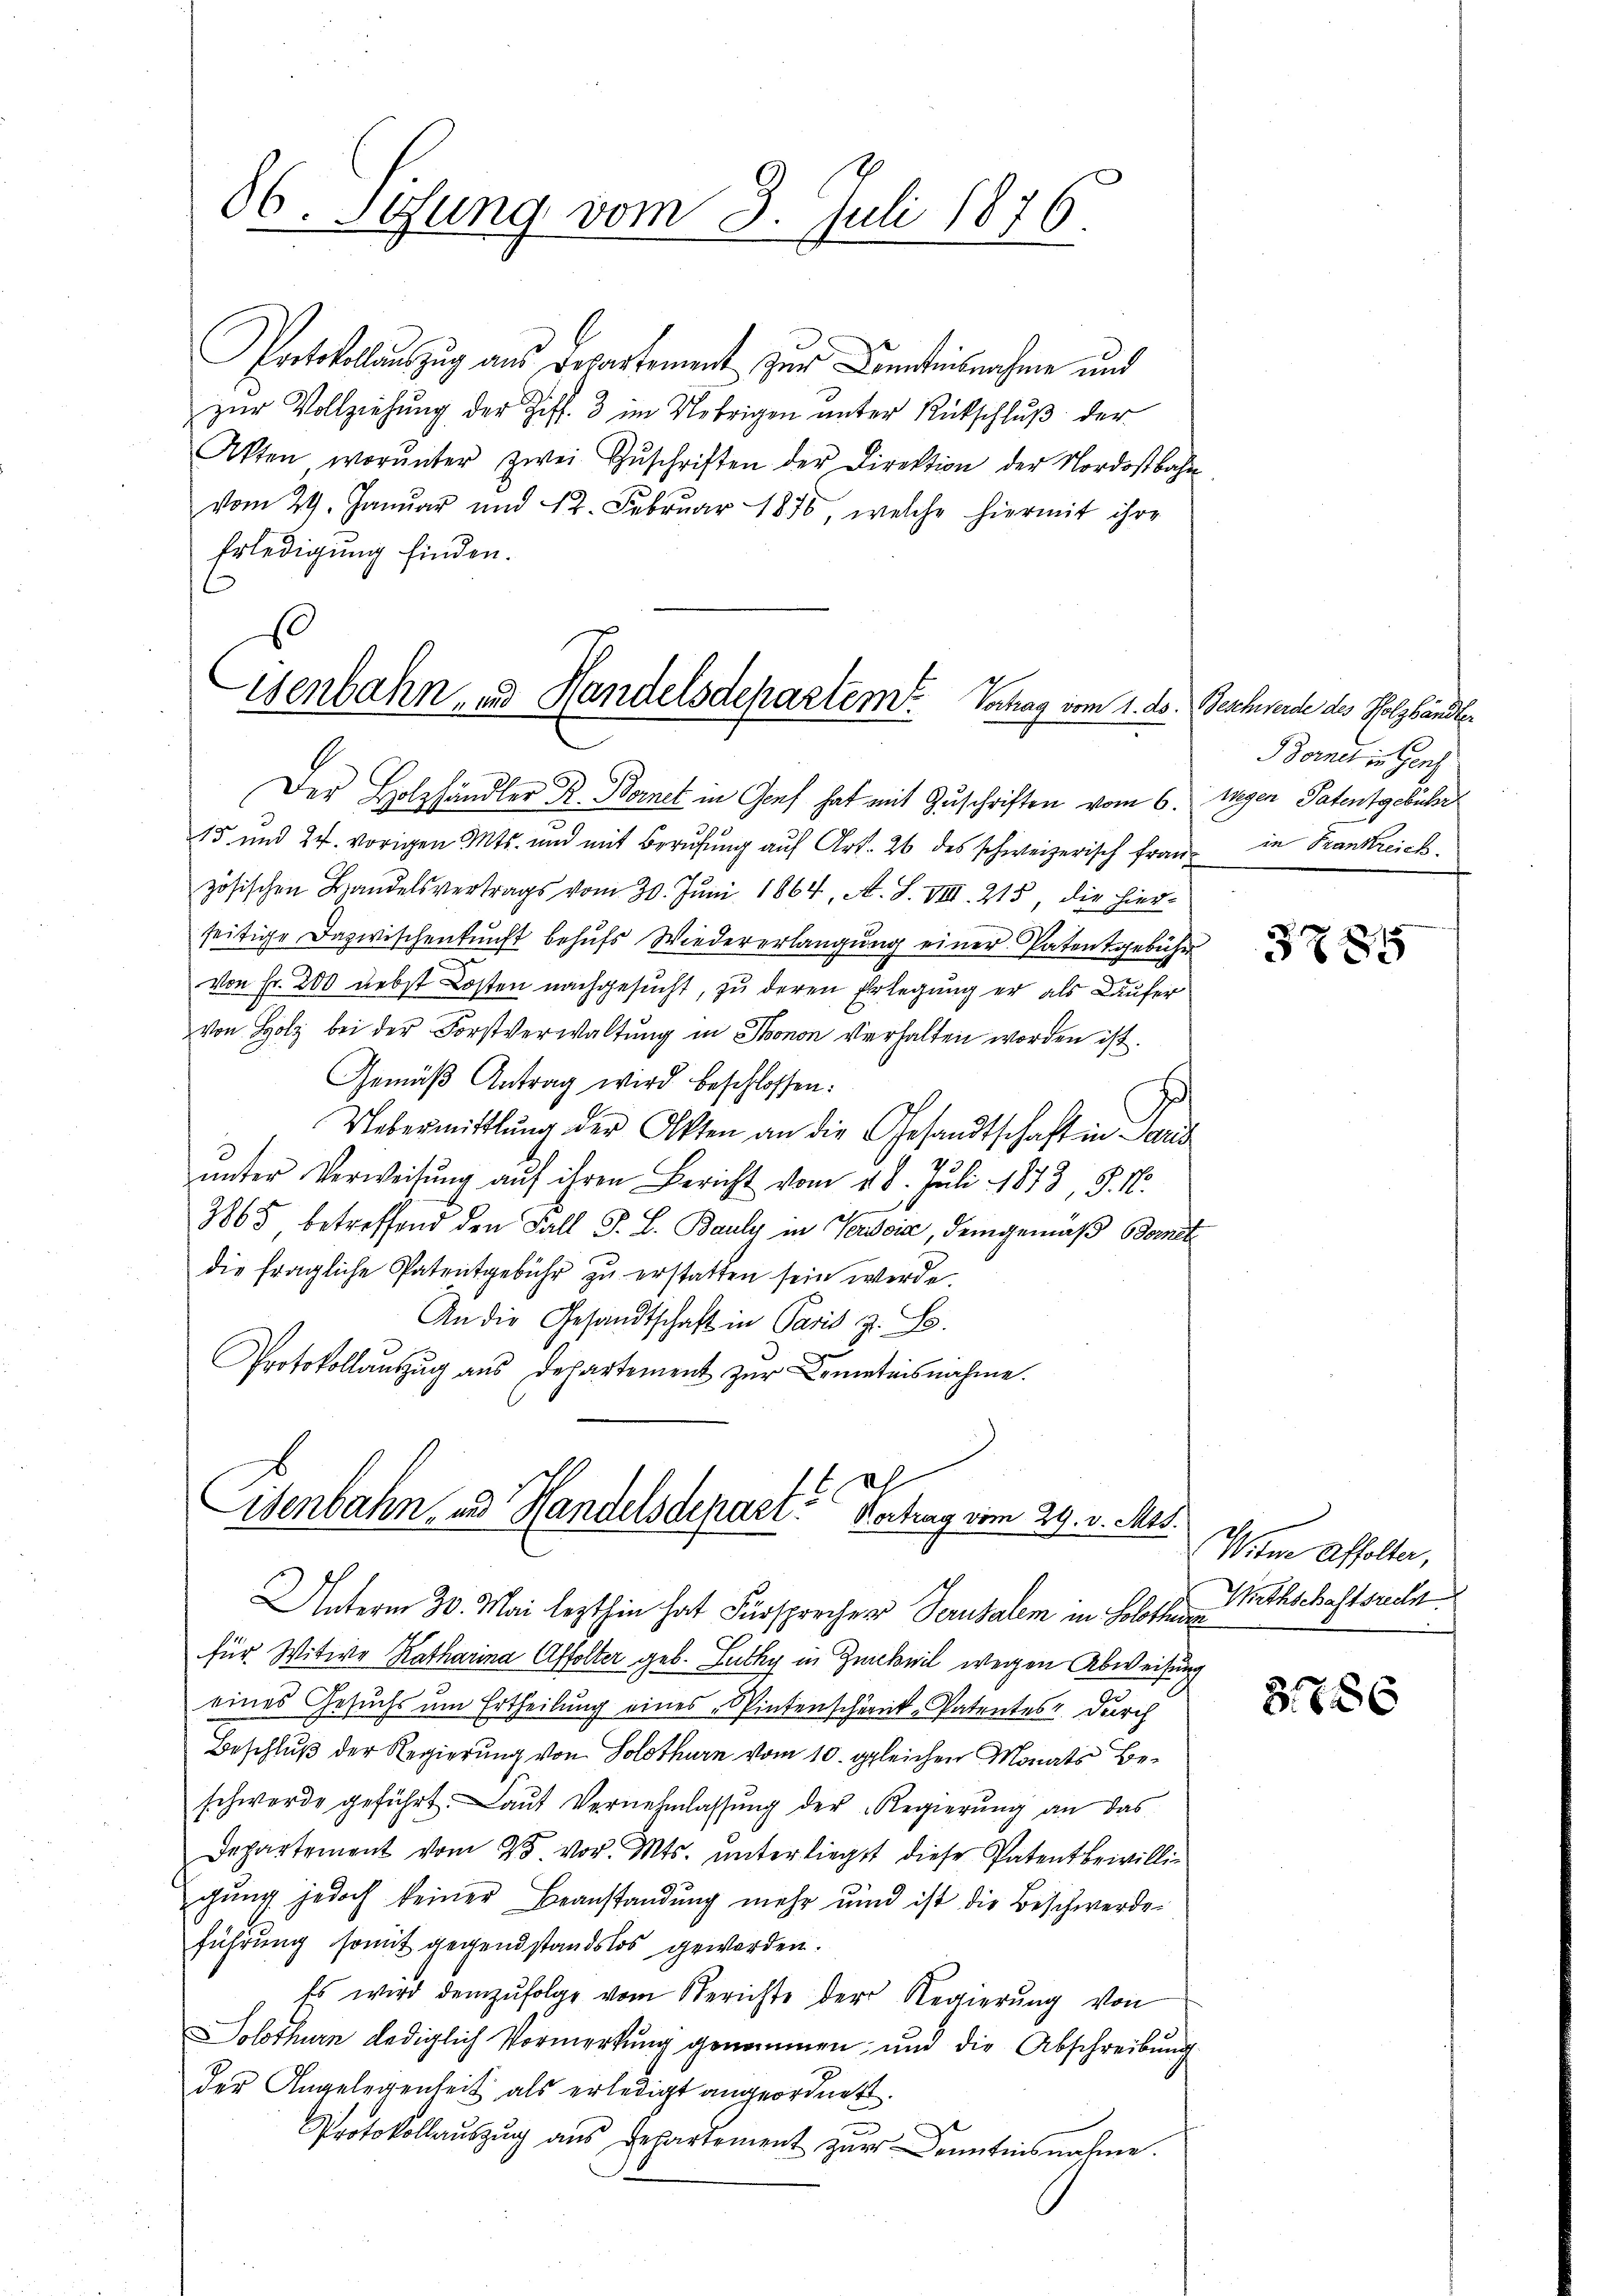
Protokolauszug aus Departement zur Comteilnahme und
zur Vollziehung der Ziff. 3 im Uebrigen unter Rückschluß der
Akten worŭnter zwei Zŭschriften der Direktion der Nordostbahn-
vom 29. Januar und 12. Februar 1850, welche hiermit ihre
Erledigung finden.

86. Sesung vom 3. Juli 1876.

isenbahn, und Handelsdepartem Vortrag vom 1. ds. Beschwerde des Holzhändle.

Der Holzhändler B. Bernet in Genf hat mit Zuschriften vom 6. Wegen Patentgebühr
15 und 24. vorigen Mts. und mit Berufung auf Art. 26 des schweizerisch französischen Handelsvertrags vom 30. Juni 1864, A. S. VIII. 215, die hierseitige Dazwischenkunft behŭfs Wiedererlangung einer Patentgebühr
von Fr. 200 nebst Kosten nachgesucht, zu deren Erlegung er als Käufer
von Holz bei der Forstverwaltung in Thonon verhalten worden ist.
Gemäß Antrag wird beschlossen:
d
Uebermittlung der Akten an die Gesandtschaft in Paris
ŭnter Verweisŭng aŭf ihren Bericht vom 18. Juli 1873, S. Nr.
7865 betreffend den Fall J. B. Bauly in Verdoić, demgemäß Bomet
die fragliche Patentgebühr zŭ erstatten sein werde.
An die Gesandtschaft in Paris z. B.
Protokollauszug aus Departement zur Kenntnisnahme.

1
isenbahn, und Handelsdepart. Vertrag vom 29. v. Mts.
Unterm 30. Mai lezthin hat Fürsprechen Perusalem in Solothen

für Witwe Ratharina Affolter geb. Zuthy in Zuckeil wegen Abweisung
eines Gesuchs um Ertheilung eines Wintenschenk-Patentes durch
Beschluß der Regierung von Solothurn vom 10. gleichen Monats Beschwerde geführt. Laut Vernehmlassung der Regierung an das
Departement vom 25. vor. Mts. unterliegt diese Patentbewilligung jedoch keiner Beanstandung mehr und ist die Beschwerde
führung somit gegendstandslos geworden.
Es wird demzufolge vom Berichte der Regierŭng von
Solothurn lediglich Vormerkung genommen, und die Abschreibung
der Angelegenheit als erledigt angeordnet.
Protokollaŭszŭg ans Departement zŭr Kenntnisnahme.

Bornet in Genf
in Frankreich.

3885

Witwe Affolter,
Wirthschaftsrechn

B. 786